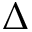
\Delta